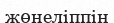
жөнеліппін